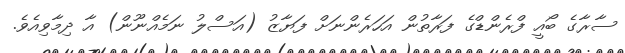
ސާރާގެ ބޯއީ ފްރެންޑްގެ ފަރާތުން އަހަރެންނަށް ފަޔާޒު (އަސްލު ނަމެއްނޫން) އާ ދިމާވިއެވެ.